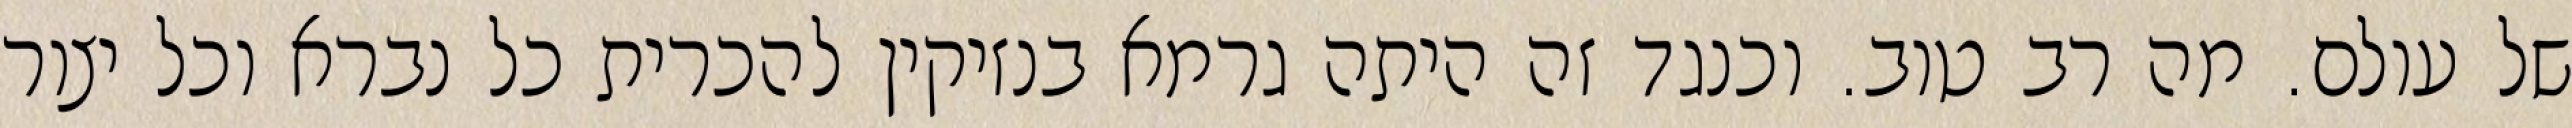
של עולם. מה רב טוב. וכנגד זה היתה גרמא בנזיקין להכרית כל נברא וכל יצור